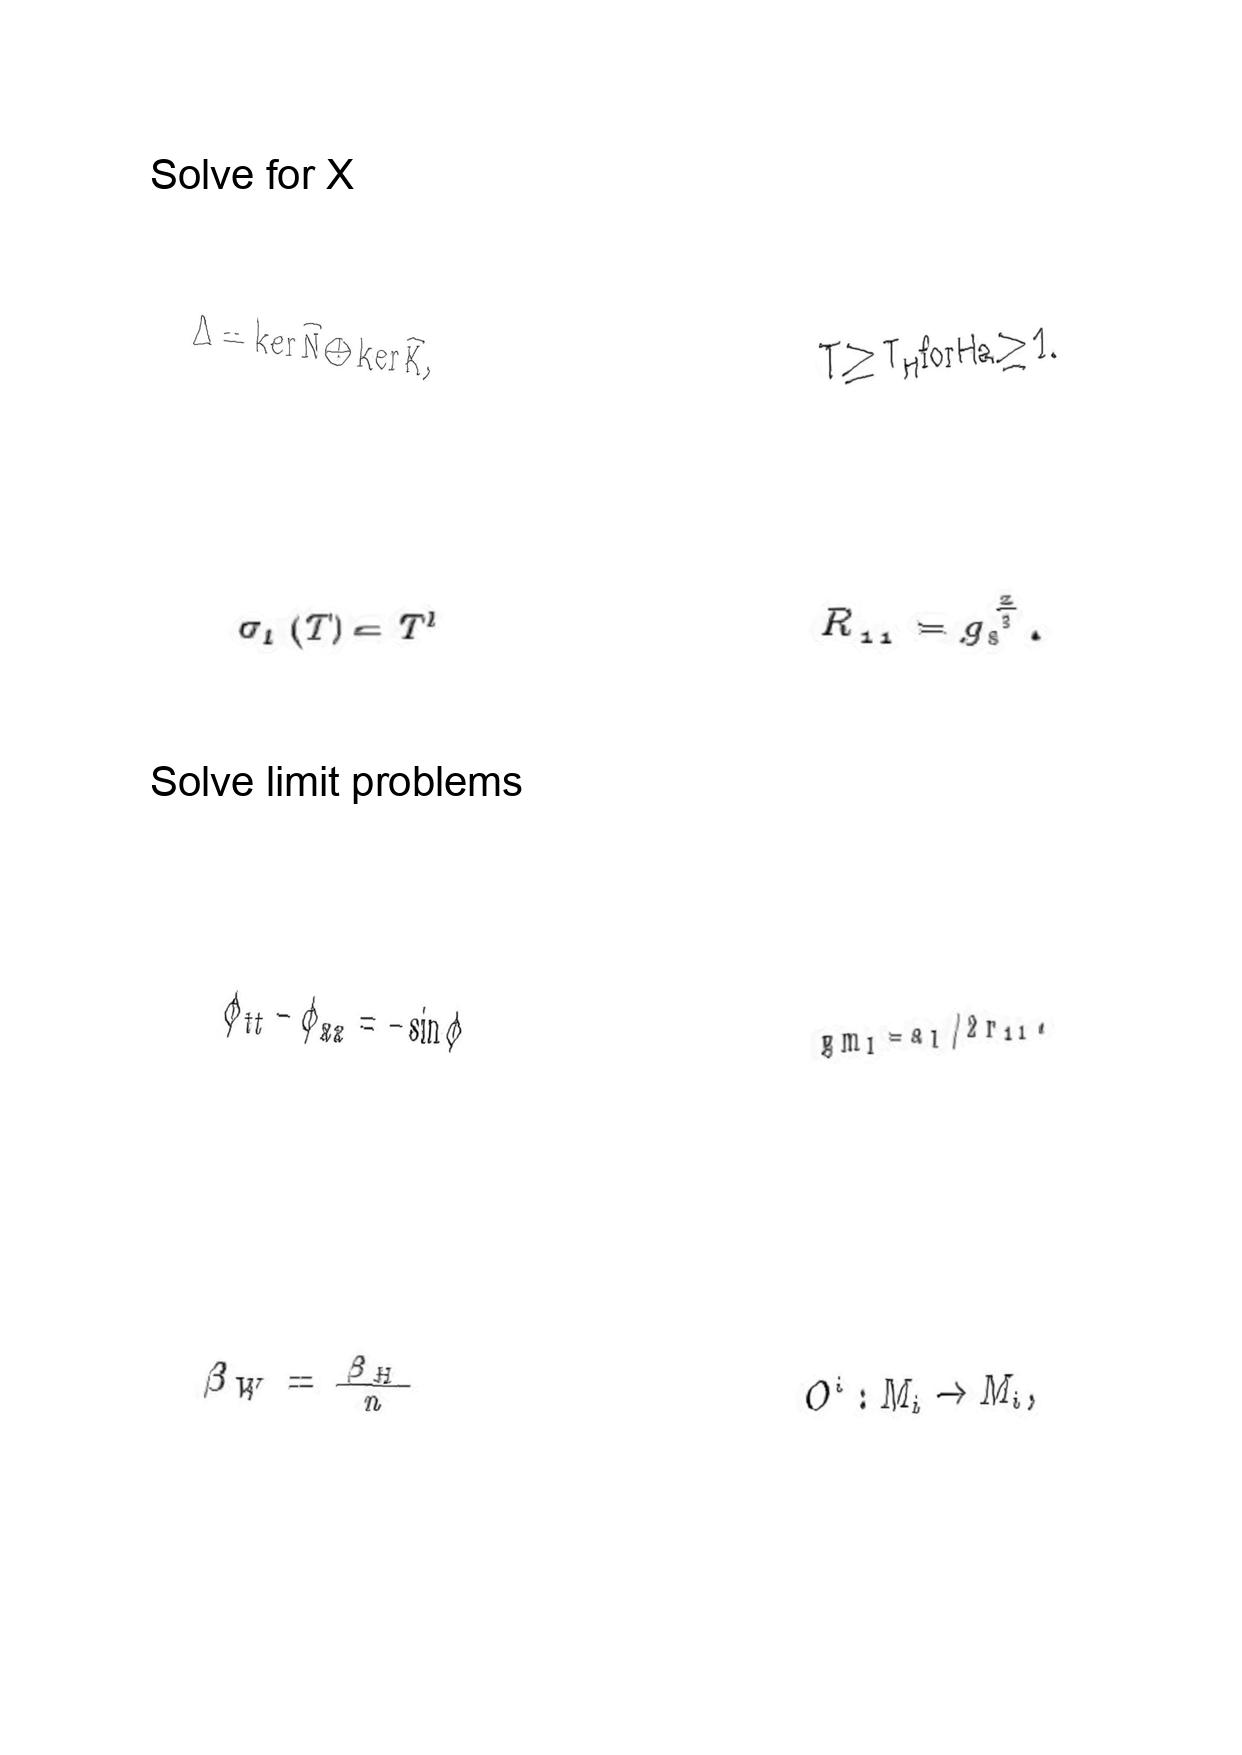
LaTeX transcription:
\Delta = \ker \hat { N } \oplus \ker \hat { K } ,
\sigma _ { l } \lparen T \rparen = T ^ { l }
\phi _ { t t } - \phi _ { x x } = - \sin \phi
\beta _ { W } = \frac { \beta _ { H } } { n }
T \geq T _ { H } \mathrm { f o r } H a \geq 1 .
R _ { 1 1 } = g _ { s } ^ { \frac { 2 } { 3 } } .
g m _ { I } = a _ { I } / 2 r _ { 1 1 } .
O ^ { i } : M _ { i } \rightarrow M _ { i } ,